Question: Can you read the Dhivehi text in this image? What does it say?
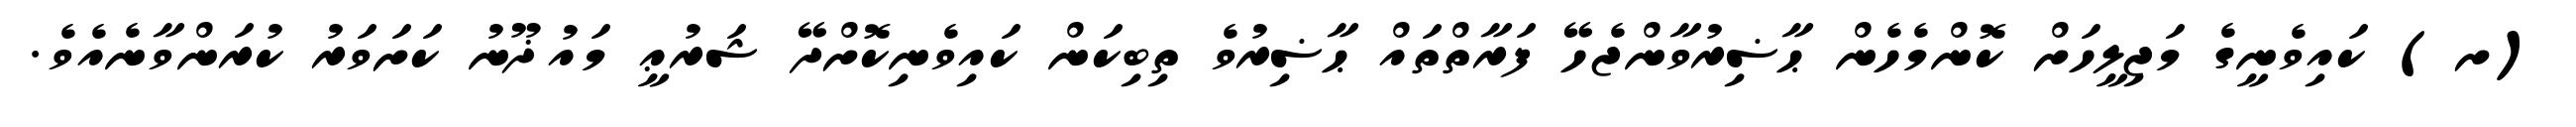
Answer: (ށ) ކައިވެނީގެ މަޖިލީހަށް ކޮންމެހެން ޙާޟިރުވާންޖެހޭ ފަރާތްތައް ޙާޟިރުވެ ތިބިކަން ކައިވެނިކޮށްދޭ ޝަރުޢީ މައުޛޫނު ކަށަވަރު ކުރަންވާނެއެވެ.